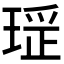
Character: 𤧏